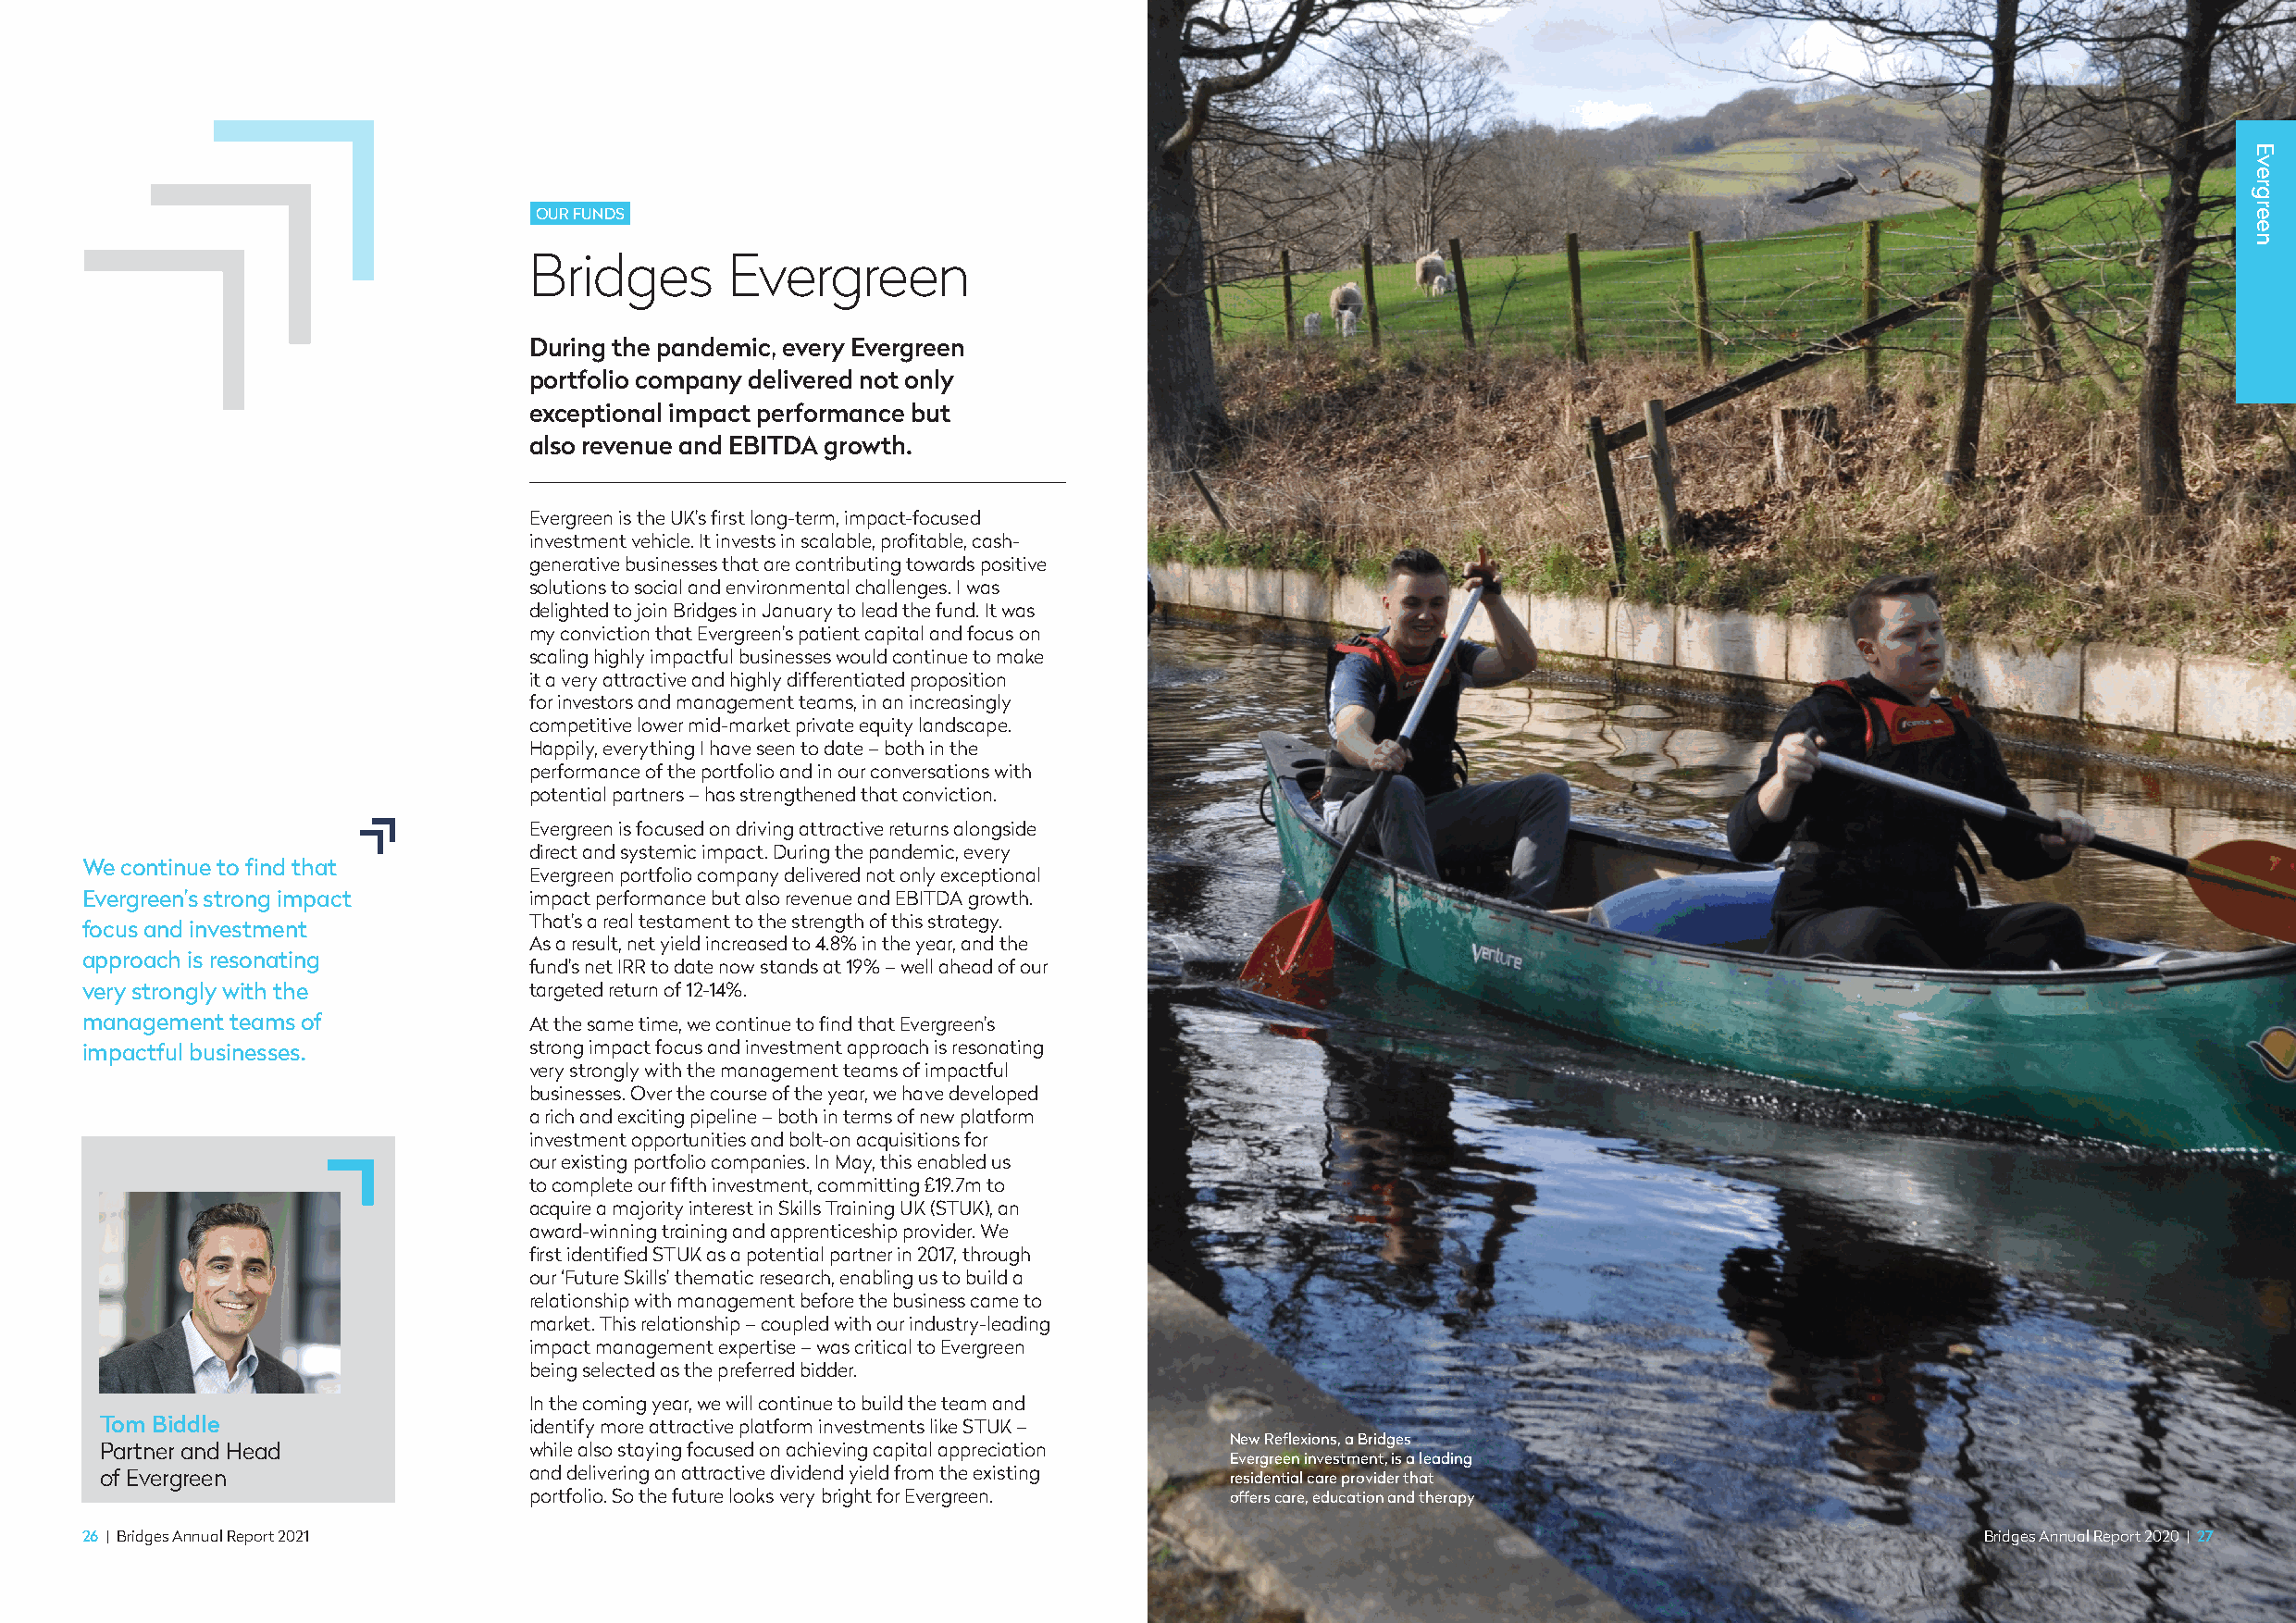
OUR FUNDS
 Bridges       Evergreen
 During the pandemic, every Evergreen
 portfolio company delivered not only
 exceptional impact performance but
 also revenue and EBITDA growth.
 Evergreen is the UK’s first long-term, impact-focused
 investment vehicle. It invests in scalable, profitable, cash-
 generative businesses that are contributing towards positive
 solutions to social and environmental challenges. I was
 delighted to join Bridges in January to lead the fund. It was
 my conviction that Evergreen’s patient capital and focus on
 scaling highly impactful businesses would continue to make
 it a very attractive and highly differentiated proposition
 for investors and management teams, in an increasingly
 competitive lower mid-market private equity landscape.
 Happily, everything I have seen to date – both in the
 performance of the portfolio and in our conversations with
 potential partners – has strengthened that conviction.
 Evergreen is focused on driving attractive returns alongside
 direct and systemic impact. During the pandemic, every
 We continue to find that
 Evergreen portfolio company delivered not only exceptional
 Evergreen’s strong impact       impact performance but also revenue and EBITDA growth.
 That’s a real testament to the strength of this strategy.
 focus and investment
 As a result, net yield increased to 4.8% in the year, and the
 approach is resonating
 fund’s net IRR to date now stands at 19% – well ahead of our
 very strongly with the          targeted return of 12-14%.
 management teams of             At the same time, we continue to find that Evergreen’s
 impactful businesses.           strong impact focus and investment approach is resonating
 very strongly with the management teams of impactful
 businesses. Over the course of the year, we have developed
 a rich and exciting pipeline – both in terms of new platform
 investment opportunities and bolt-on acquisitions for
 our existing portfolio companies. In May, this enabled us
 to complete our fifth investment, committing £19.7m to
 acquire a majority interest in Skills Training UK (STUK), an
 award-winning training and apprenticeship provider. We
 first identified STUK as a potential partner in 2017, through
 our ‘Future Skills’ thematic research, enabling us to build a
 relationship with management before the business came to
 market. This relationship – coupled with our industry-leading
 impact management expertise – was critical to Evergreen
 being selected as the preferred bidder.
 In the coming year, we will continue to build the team and
 Tom Biddle                     identify more attractive platform investments like STUK –
 New Reflexions, a Bridges
 Partner and Head               while also staying focused on achieving capital appreciation
 Evergreen investment, is a leading
 of Evergreen                   and delivering an attractive dividend yield from the existing residential care provider that
 portfolio. So the future looks very bright for Evergreen. offers care, education and therapy
 26 | Bridges Annual Report 2021                                                                                                         Bridges Annual Report 2020 | 27
 EEvveerrggrreeeenn